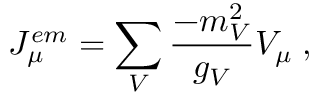
J _ { \mu } ^ { e m } = \sum _ { V } \frac { - m _ { V } ^ { 2 } } { g _ { V } } V _ { \mu } \; ,